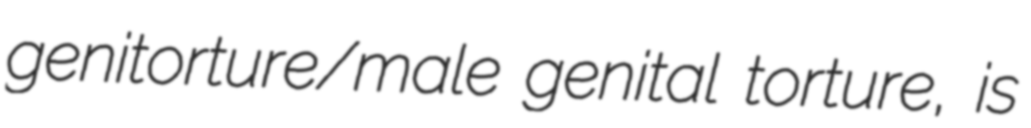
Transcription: genitorture/male genital torture, is